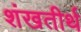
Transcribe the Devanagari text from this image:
शंखतीर्थ